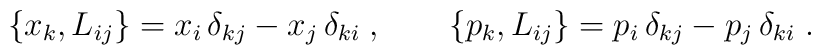
\{ x_k, L_{ij} \} = x_i\,\delta_{kj} - x_j\,\delta_{ki}\;,\qquad\{ p_k, L_{ij} \} = p_i\,\delta_{kj} - p_j\,\delta_{ki}\;.